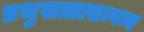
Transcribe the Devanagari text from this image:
प्रभुसत्तासम्पन्न